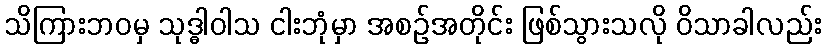
သိကြားဘဝမှ သုဒ္ဓါဝါသ ငါးဘုံမှာ အစဉ်အတိုင်း ဖြစ်သွားသလို ဝိသာခါလည်း